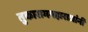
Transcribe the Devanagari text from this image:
तुकाराममहाराजांनीं